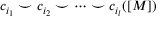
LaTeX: c _ { i _ { 1 } } \smile c _ { i _ { 2 } } \smile \dots \smile c _ { i _ { l } } ( [ M ] )